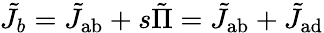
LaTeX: \tilde{J}_{b}=\tilde{J}_{\mathrm{{ab}}}+s\tilde{\Pi}=\tilde{J}_{\mathrm{{ab}}}+\tilde{J}_{\mathrm{{ad}}}